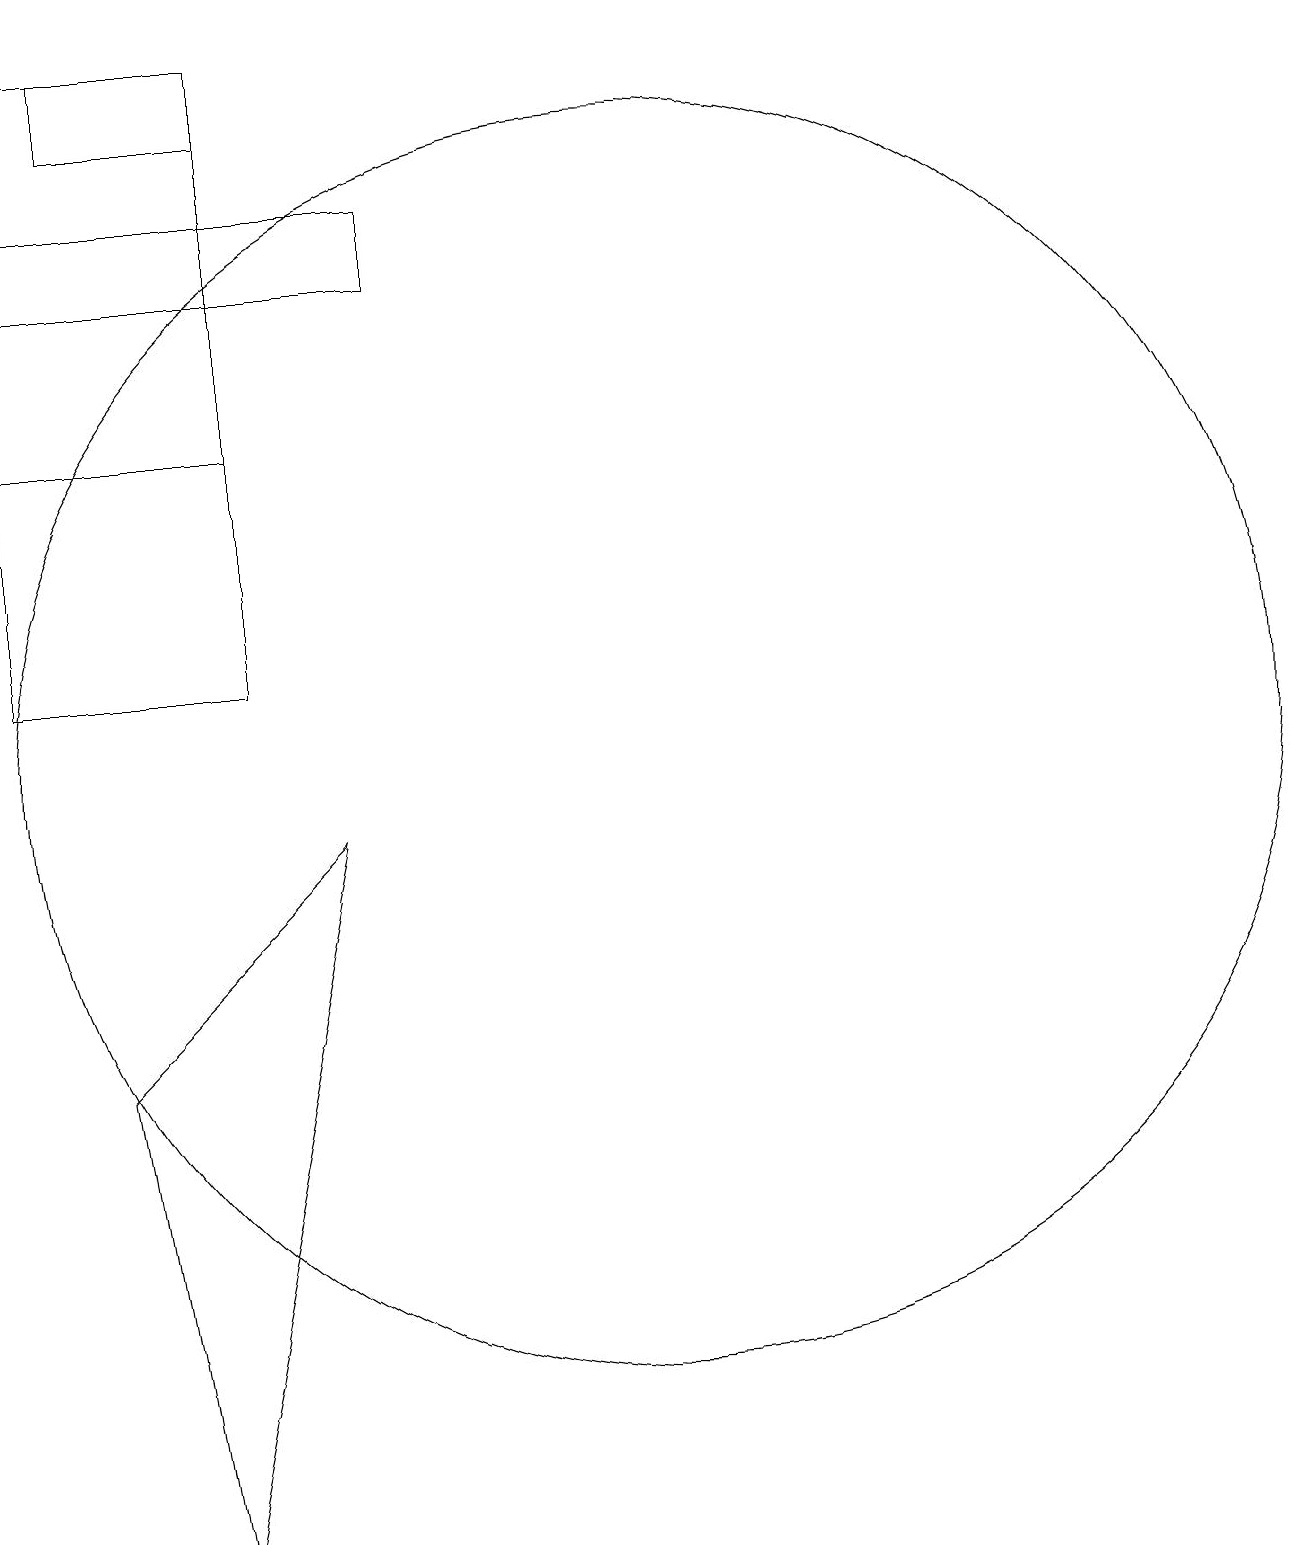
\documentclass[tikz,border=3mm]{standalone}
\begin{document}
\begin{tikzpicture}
\draw (4,18) rectangle (6,19);
\draw (3,16) rectangle (8,17);
\draw (3,11) rectangle (6,19);
\draw (3,11) rectangle (6,14);
\draw (7,9) -- (5,0) -- (4,6) -- cycle;
\draw (11,10) circle (8);
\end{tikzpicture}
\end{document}